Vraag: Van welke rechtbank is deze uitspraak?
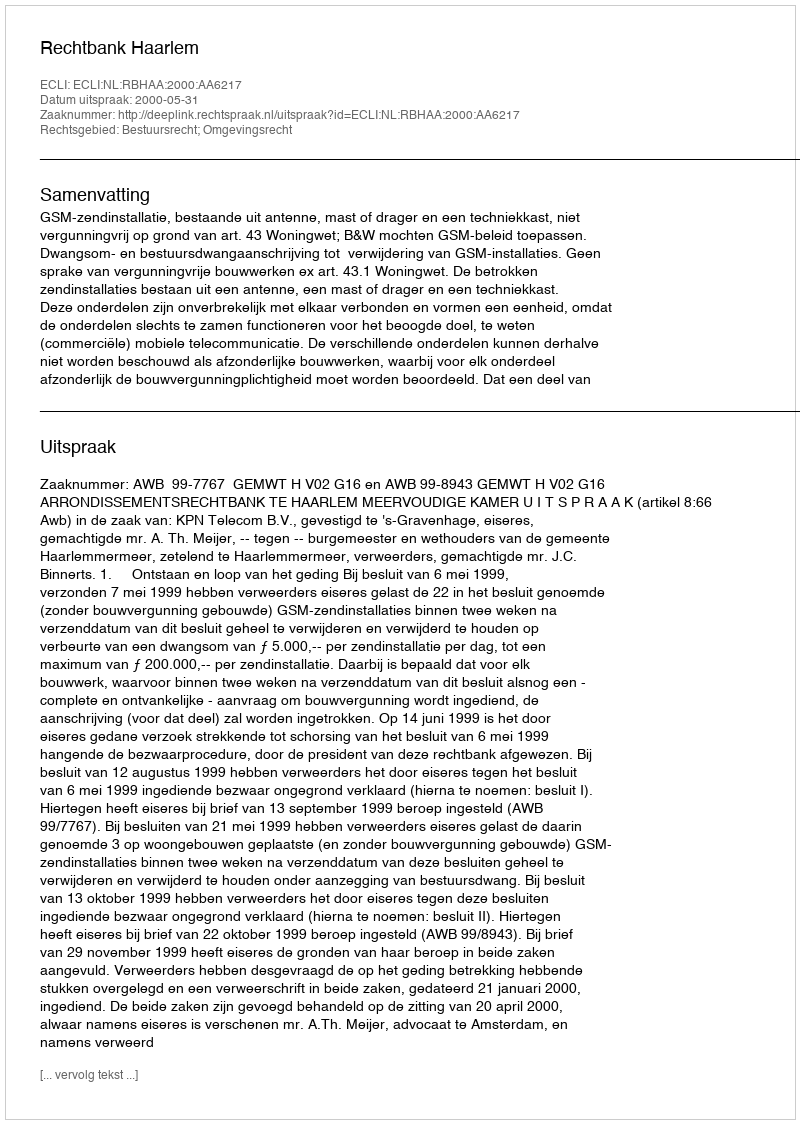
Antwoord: Rechtbank Haarlem